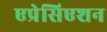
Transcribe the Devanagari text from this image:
एप्रेसिएशन